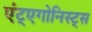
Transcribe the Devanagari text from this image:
एंट्एगोनिस्ट्स